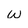
Character: w